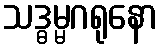
သဒ္ဓမ္မဂရုနော